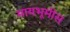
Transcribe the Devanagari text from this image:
मायभूमीस